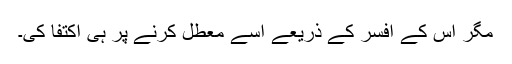
مگر اس کے افسر کے ذریعے اُسے معطل کرنے پر ہی اکتفا کی۔